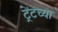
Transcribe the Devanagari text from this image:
ट्रेंटच्या